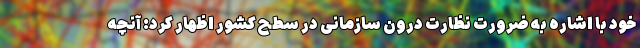
خود با اشاره به ضرورت نظارت درون سازمانی در سطح کشور اظهار کرد: آنچه